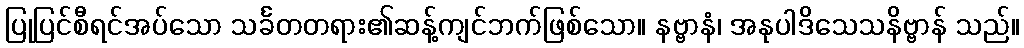
ပြုပြင်စီရင်အပ်သော သင်္ခတတရား၏ဆန့်ကျင်ဘက်ဖြစ်သော။ နဗ္ဗာနံ၊ အနုပါဒိသေသနိဗ္ဗာန် သည်။